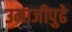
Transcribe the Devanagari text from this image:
उमाजीपुढे